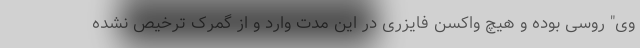
وی" روسی بوده و هیچ واکسن فایزری در این مدت وارد و از گمرک ترخیص نشده